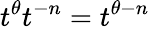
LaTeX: t^{\theta}t^{-n}=t^{\theta-n}